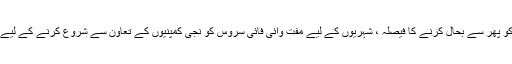
( علی عباس ) پنجاب حکومت کا مفت وائی فائی سروس کو پھر سے بحال کرنے کا فیصلہ ، شہریوں کے لیے مفت وائی فائی سروس کو نجی کمپنیوں کے تعاون سے شروع کرنے کے لیے پی آئی ٹی بی بورڈ اور پی اینڈ ڈی کو ٹاسک دے دیا گیا۔